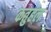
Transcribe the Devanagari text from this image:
कतुहल